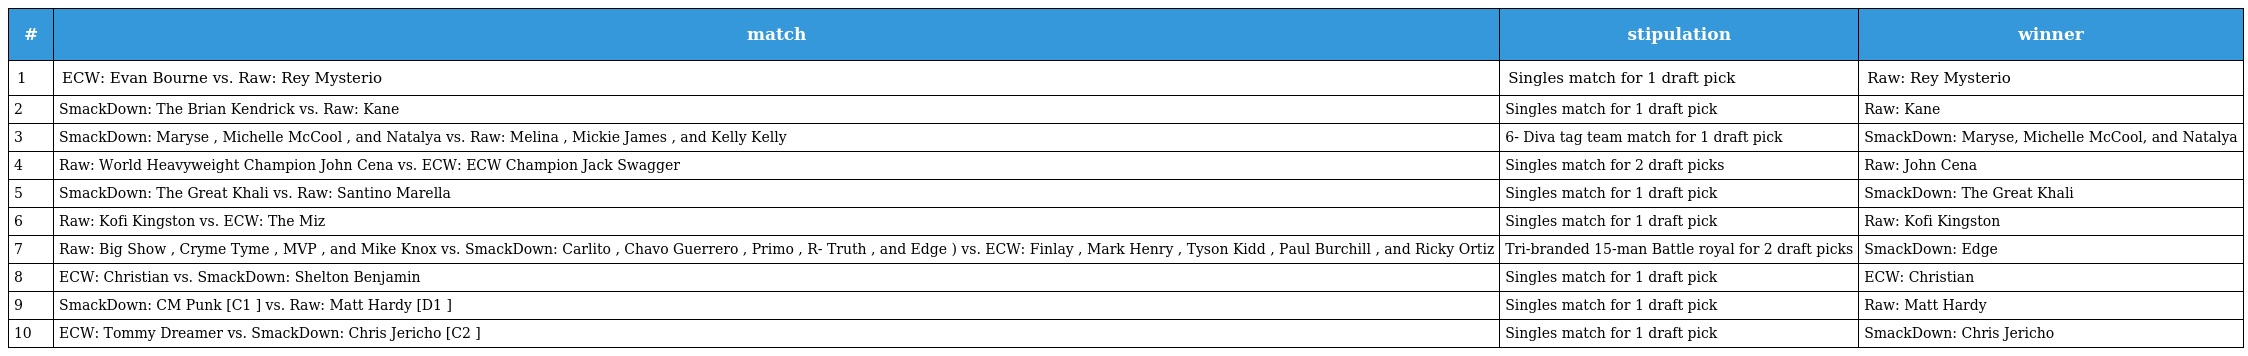
| # | match | stipulation | winner |
 | --- | --- | --- | --- |
 | 1 | ECW: Evan Bourne vs. Raw: Rey Mysterio | Singles match for 1 draft pick | Raw: Rey Mysterio |
 | 2 | SmackDown: The Brian Kendrick vs. Raw: Kane | Singles match for 1 draft pick | Raw: Kane |
 | 3 | SmackDown: Maryse , Michelle McCool , and Natalya vs. Raw: Melina , Mickie James , and Kelly Kelly | 6- Diva tag team match for 1 draft pick | SmackDown: Maryse, Michelle McCool, and Natalya |
 | 4 | Raw: World Heavyweight Champion John Cena vs. ECW: ECW Champion Jack Swagger | Singles match for 2 draft picks | Raw: John Cena |
 | 5 | SmackDown: The Great Khali vs. Raw: Santino Marella | Singles match for 1 draft pick | SmackDown: The Great Khali |
 | 6 | Raw: Kofi Kingston vs. ECW: The Miz | Singles match for 1 draft pick | Raw: Kofi Kingston |
 | 7 | Raw: Big Show , Cryme Tyme , MVP , and Mike Knox vs. SmackDown: Carlito , Chavo Guerrero , Primo , R- Truth , and Edge ) vs. ECW: Finlay , Mark Henry , Tyson Kidd , Paul Burchill , and Ricky Ortiz | Tri-branded 15-man Battle royal for 2 draft picks | SmackDown: Edge |
 | 8 | ECW: Christian vs. SmackDown: Shelton Benjamin | Singles match for 1 draft pick | ECW: Christian |
 | 9 | SmackDown: CM Punk [C1 ] vs. Raw: Matt Hardy [D1 ] | Singles match for 1 draft pick | Raw: Matt Hardy |
 | 10 | ECW: Tommy Dreamer vs. SmackDown: Chris Jericho [C2 ] | Singles match for 1 draft pick | SmackDown: Chris Jericho |